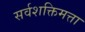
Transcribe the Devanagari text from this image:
सर्वशक्तिमत्ता